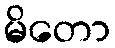
မိတော